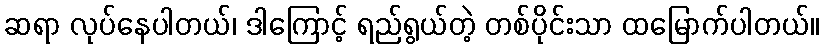
ဆရာ လုပ်နေပါတယ်၊ ဒါကြောင့် ရည်ရွယ်တဲ့ တစ်ပိုင်းသာ ထမြောက်ပါတယ်။